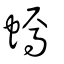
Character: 䗡